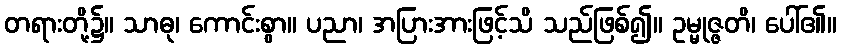
တရားတို့၌။ သာဓု၊ ကောင်းစွာ။ ပညာ၊ အပြားအားဖြင့်သိ သည်ဖြစ်၍။ ဥမ္မုဇ္ဇတိ၊ ပေါ်၏။